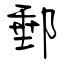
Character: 郵